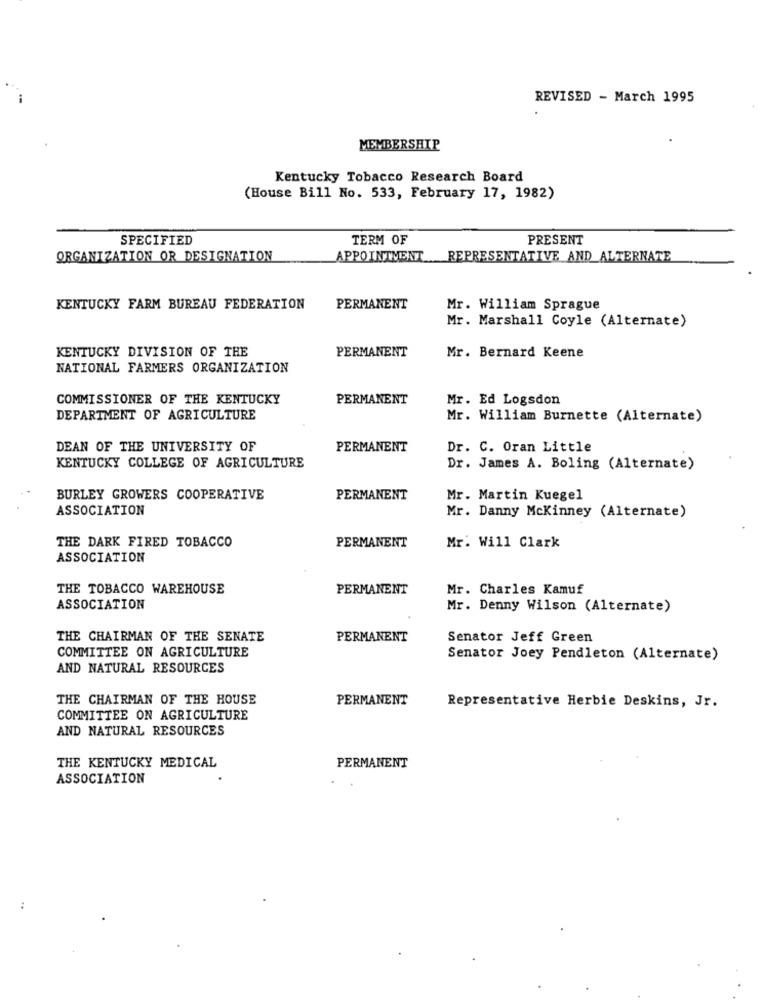
REVISED - March 1995
MEMBERSHIP
Kentucky Tobacco Research Board
(House Bill No. 533, February 17, 1982)
SPECIFIED
TERM OF
PRESENT
ORGANIZATION OR DESIGNATION
APPOINTMENT
REPRESENTATIVE AND_ALTERNATE
KENTUCKY FARM BUREAU FEDERATION
PERMANENT
Mr. William Sprague
Mr. Marshall Coyle (Alternate)
KENTUCKY DIVISION OF THE
PERMANENT
Mr. Bernard Keene
NATIONAL FARMERS ORGANIZATION
COMMISSIONER OF THE KENTUCKY
PERMANENT
Mr. Ed Logsdon
DEPARTMENT OF AGRICULTURE
Mr. William Burnette (Alternate)
DEAN OF THE UNIVERSITY OF
PERMANENT
Dr. C. Oran Little
KENTUCKY COLLEGE OF AGRICULTURE
Dr. James A. Boling (Alternate)
BURLEY GROWERS COOPERATIVE
PERMANENT
Mr. Martin Kuegel
ASSOCIATION
Mr. Danny Mckinney (Alternate)
THE DARK FIRED TOBACCO
PERMANENT
Mr. Will Clark
ASSOCIATION
THE TOBACCO WAREHOUSE
PERMANENT
Mr. Charles Kamuf
ASSOCIATION
Mr. Denny Wilson (Alternate)
THE CHAIRMAN OF THE SENATE
PERMANENT
Senator Jeff Green
COMMITTEE ON AGRICULTURE
Senator Joey Pendleton (Alternate)
AND NATURAL RESOURCES
THE CHAIRMAN OF THE HOUSE
PERMANENT
Representative Herbie Deskins, Jr.
COMMITTEE ON AGRICULTURE
AND NATURAL RESOURCES
THE KENTUCKY MEDICAL
PERMANENT
ASSOCIATION
..